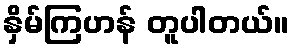
နှိမ်ကြဟန် တူပါတယ်။